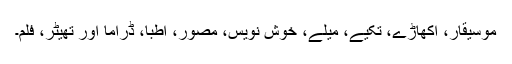
موسیقار، اکھاڑے، تکیے، میلے، خوش نویس، مصور، اطبا، ڈراما اور تھیٹر، فلم۔